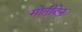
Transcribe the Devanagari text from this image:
मोतीबेन